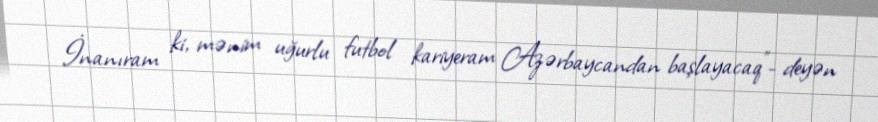
İnanıram ki, mənim uğurlu futbol kariyeram Azərbaycandan başlayacaq”- deyən